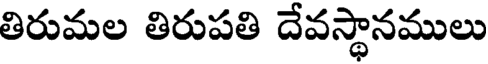
తిరుమల తిరుపతి దేవస్థానములు